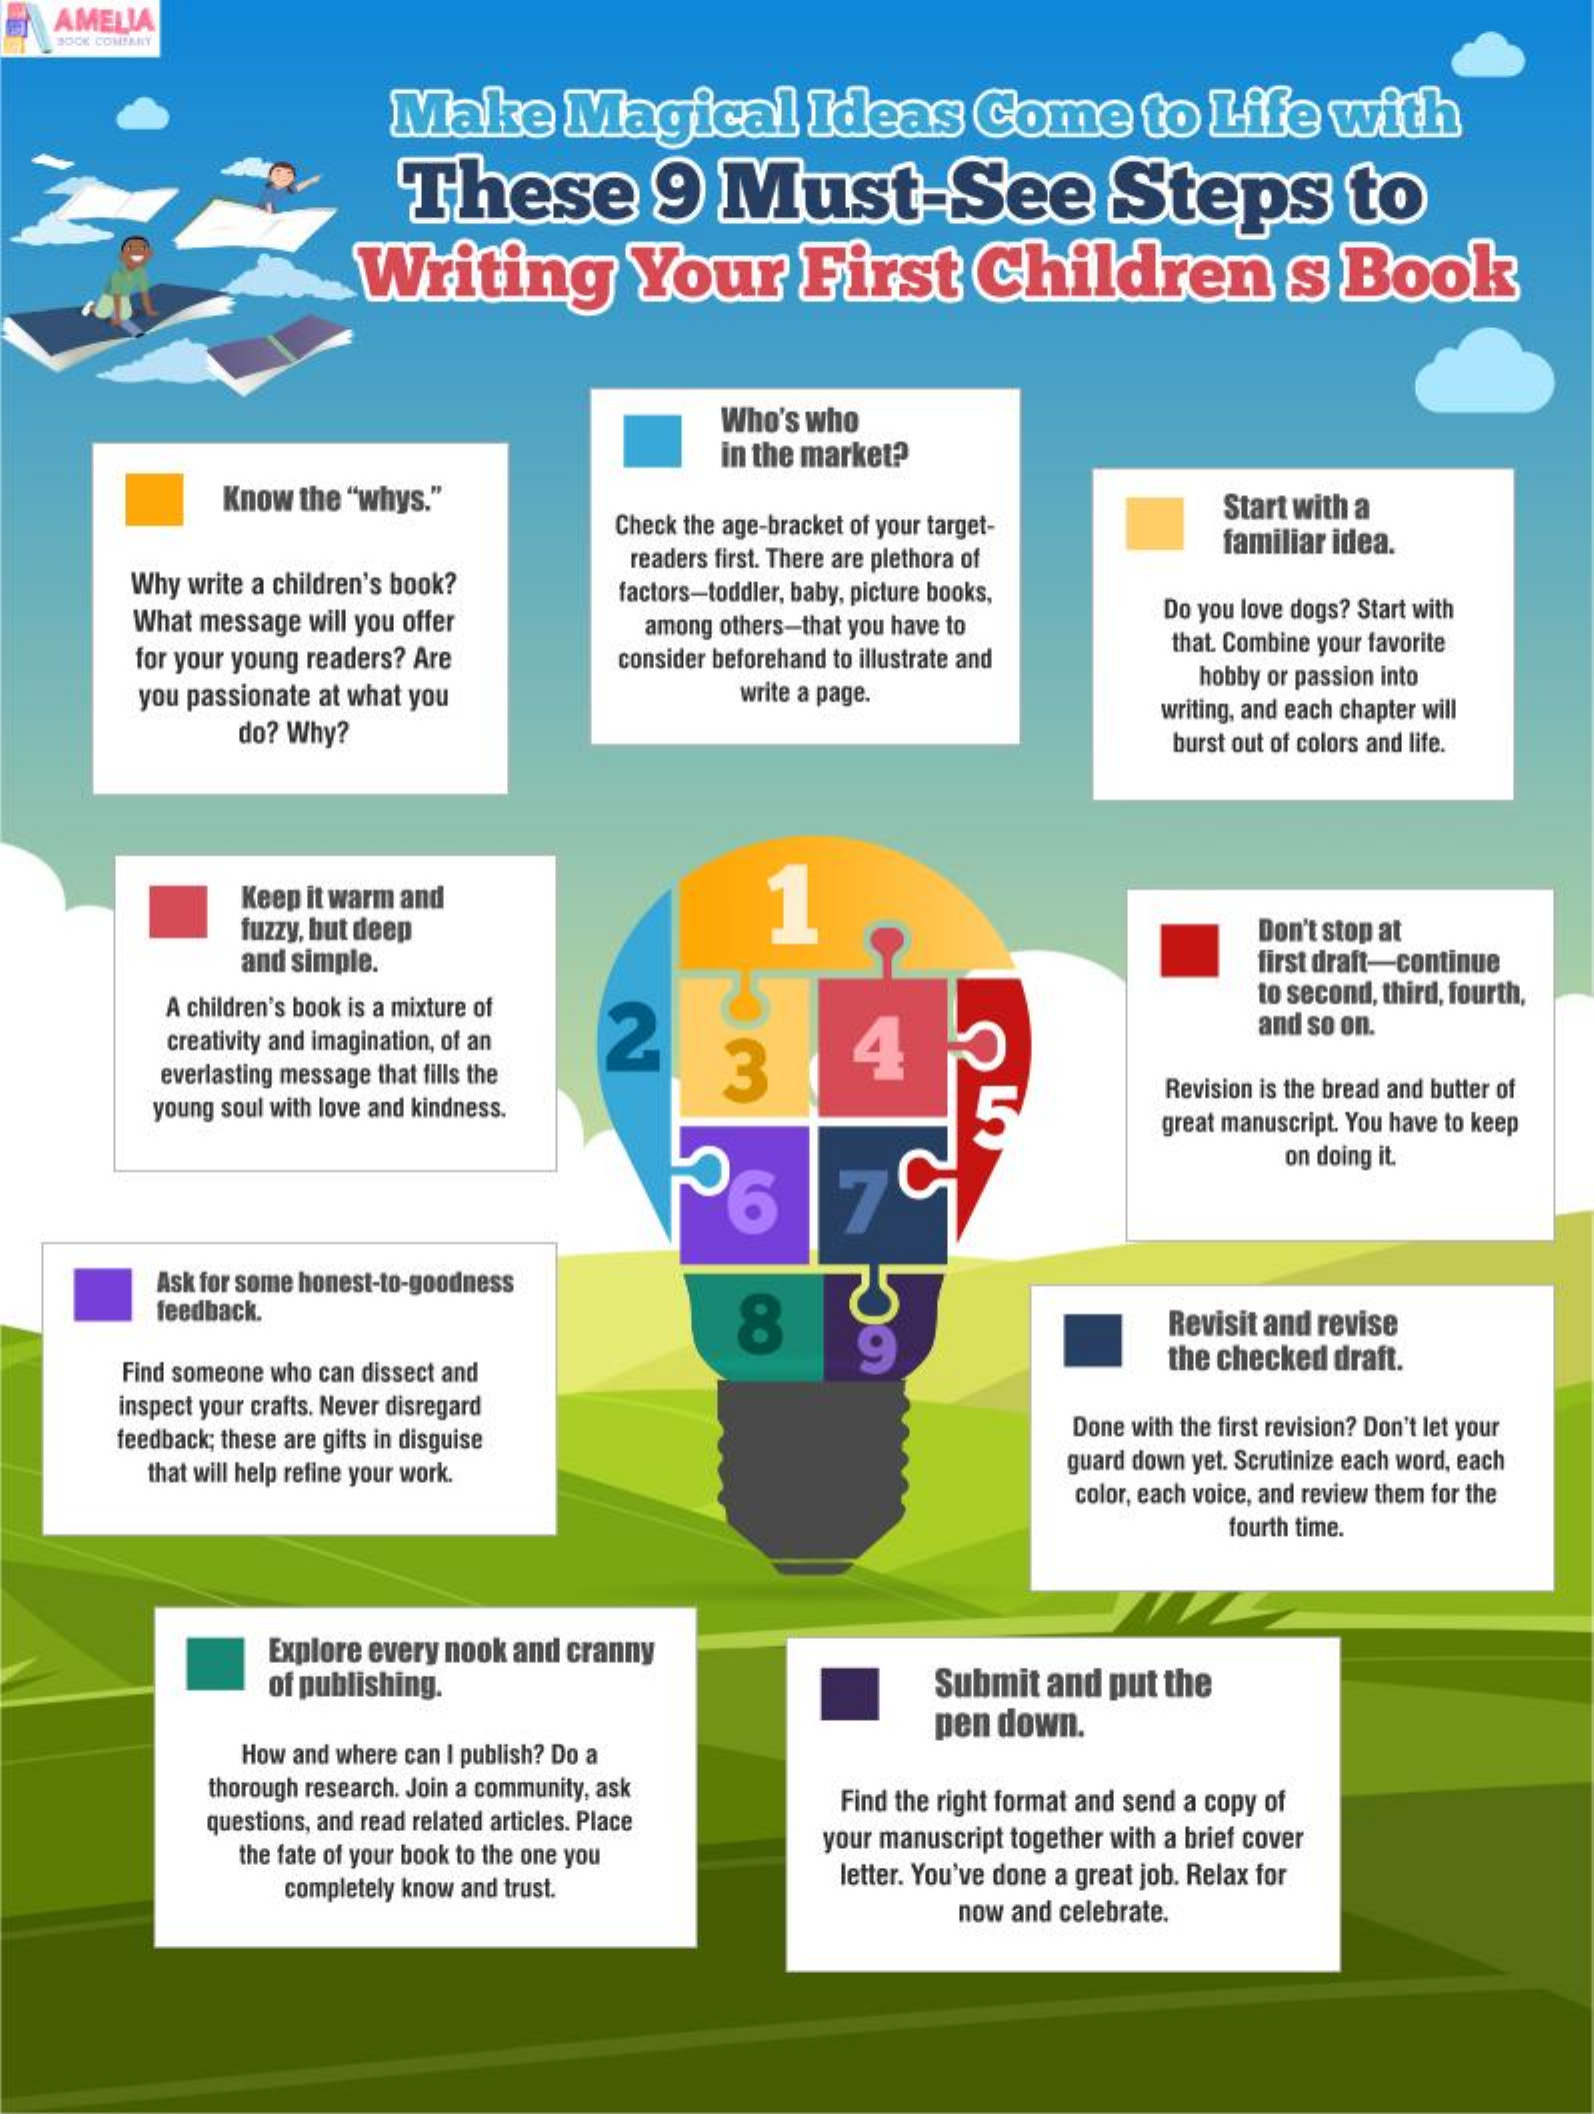
AMELIA
   BOCK COMPANY
     Make    Magical    Ideas   Come    to Life with
     These    9  Must-See    Steps    to
     Writing    Your    First   Children    s Book
     Who's who
     in the market?
     Know the "whys."
     Check the age-bracket of your target-
     Start with a
     Why write a children's book?
     readers first. There are plethora of familiar idea.
     What message will you offer
     factors-toddler, baby, picture books,
     among others-that you have to
     Do you love dogs? Start with
     for your young readers? Are consider beforehand to illustrate and
     that. Combine your favorite
     you passionate at what you  write a page.
     hobby or passion into
     do? Why?
     writing, and each chapter will
     burst out of colors and life.
     Keep it warm and    1
     fuzzy, but deep    Don't stop at
     and simple.    first draft-continue
     A children's book is a mixture of    to second, third, fourth,
     creativity and imagination, of an 2    and so on.
     everlasting message that fills the 3 4
     young soul with love and kindness.
     Revision is the bread and butter of
     great manuscript. You have to keep
     6
     on doing it.
     Ask for some honest-to-goodness
     feedback.    8    9
     Revisit and revise
     Find someone who can dissect and    the checked draft.
     inspect your crafts. Never disregard
     feedback; these are gifts in disguise
     Done with the first revision? Don't let your
     that will help refine your work.    guard down yet. Scrutinize each word, each
     color, each voice, and review them for the
     fourth time.
     Explore every nook and cranny
     of publishing.    Submit and put the
     pen down.
     How and where can I publish? Do a
     thorough research. Join a community, ask
     questions, and read related articles. Place
     Find the right format and send a copy of
     the fate of your book to the one you
     your manuscript together with a brief cover
     completely know and trust. letter. You've done a great job. Relax for
     now and celebrate.